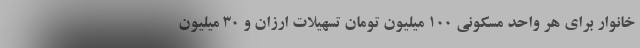
خانوار برای هر واحد مسکونی ۱۰۰ میلیون تومان تسهیلات ارزان و ۳۰ میلیون